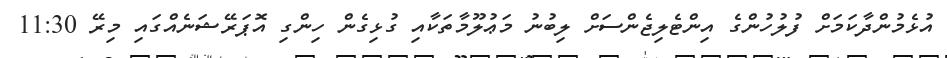
އުޅެމުންދާކަމަށް ފުލުހުންގެ އިންޓެލިޖެންސަށް ލިބުނު މަޢުލޫމާތަކާއި ގުޅިގެން ހިންގި އޮޕަރޭޝަނެއްގައި މިރޭ 11:30